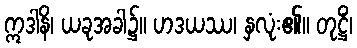
ဣဒါနိ၊ ယခုအခါ၌။ ဟဒယဿ၊ နှလုံး၏။ တုဋ္ဌိံ၊